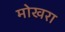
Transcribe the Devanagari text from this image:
मोखरा